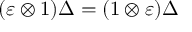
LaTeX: ( \varepsilon \otimes 1 ) \Delta = ( 1 \otimes \varepsilon ) \Delta